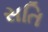
સતિ